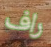
راف